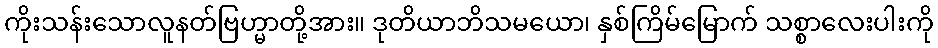
ကိုးသန်းသောလူနတ်ဗြဟ္မာတို့အား။ ဒုတိယာဘိသမယော၊ နှစ်ကြိမ်မြောက် သစ္စာလေးပါးကို